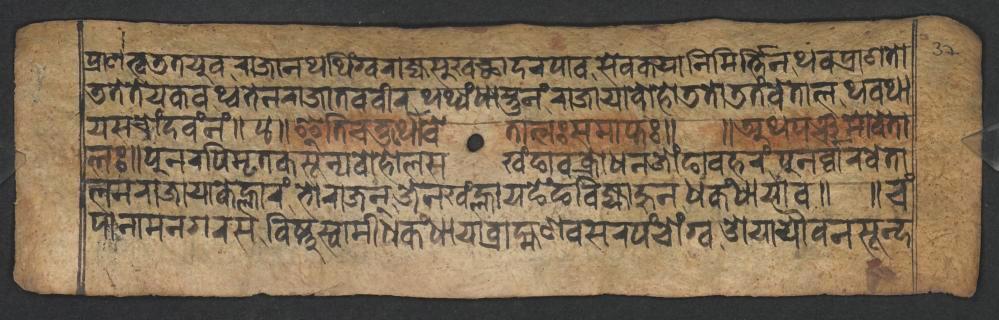
𑐥𑑂𑐬𑐵𑐞𑐟𑑂𑐰𑐜𑐟𑐫𑐸𑐰𑐬𑐵𑐖𑐵𑐣𑐠𑐠𑐶𑑄𑐐𑑂𑐰𑐬𑐵𑐖𑑂𑐫𑐳𑐸𑐏𑐕𑐵𑐡𑐬𑐥𑐵𑐰𑐳𑐾𑐰𑐎𑐫𑐵𑐣𑐶𑐩𑐶𑐬𑑂𑐟𑑂𑐟𑐶𑐣𑐠𑐰𑐥𑑂𑐬𑐵𑐞𑐟𑑀 𑐜𑐟𑐾𑐟𑐾𑐫𑐎𑐰𑐠𑑂𑐰𑐟𑐾𑐣𑐬𑐵𑐖𑐵𑐟𑐰𑐰𑐷𑐬𑐠𑐠𑑂𑐫𑑄𑐢𑐵𑐳𑑂𑐟𑐸𑐣𑑄𑐬𑐵𑐖𑐵𑐫𑐵𑐧𑑀𑐴𑑀𑐜𑐟𑑀𑐜𑐟𑑄𑐰𑐾𑐟𑐵𑐮𑐠𑐰𑐠𑐵 𑐫𑐳𑐔𑑀𑑄𑐡𑐰𑑄𑐣𑑄𑑌𑑔𑑌𑐂𑐟𑐶𑐔𑐟𑐸𑐬𑑂𑐠𑑀𑐰𑐾𑐟𑐵𑐮𑑅𑐳𑐩𑐵𑐥𑑂𑐟𑑅𑑌 𑑌𑐀𑐠𑐥𑐘𑑂𑐔𑐩𑑀𑐰𑐾𑐟𑐵 𑐮𑑅𑑌𑐥𑐸𑐣𑐬𑐥𑐶𑐩𑐺𑐟𑐎𑐳𑐹𑐣𑑂𑐫𑐧𑑀𑐴𑑀𑐮𑐳𑐏𑑄𑐒𑐵𑐰𑐎𑑂𑐬𑑀𑐢𑐣𑐖𑑀𑑄𑐒𑐵𑐰𑐴𑐬𑑄𑐥𑐸𑐣𑐬𑑂𑐰𑑂𑐰𑐵𑐬𑐰𑐾𑐟𑐵 𑐮𑐣𑐬𑐵𑐖𑐵𑐫𑐵𑐎𑐾𑐮𑑂𑐴𑐵𑐬𑑄𑐨𑑀𑐬𑐵𑐖𑐣𑑂𑐖𑐾𑐣𑐏𑑄𑐮𑑂𑐴𑐵𑐫𑐒𑐾𑑄𑐒𑐧𑐶𑐖𑑂𑐫𑐵𑐴𑐸𑐣𑐢𑐎𑑄𑐢𑐵𑐫𑐵𑐰𑑌 𑑌𑐔𑑄 𑐥𑐵𑐣𑐵𑐩𑐣𑐐𑐬𑐳𑐰𑐶𑐲𑑂𑐞𑐸𑐳𑑂𑐰𑐵𑐩𑐷𑐢𑐎𑑄𑐢𑐵𑐫𑐵𑐧𑑂𑐬𑐵𑐴𑑂𑐩𑐞𑐧𑐳𑐬𑐥𑑄𑐔𑑀𑑄𑐐𑑂𑐰𑐌𑐫𑐵𑐫𑑁𑐰𑐣𑐳𑐹𑐣𑑂𑐡